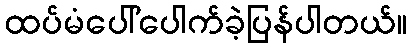
ထပ်မံပေါ်ပေါက်ခဲ့ပြန်ပါတယ်။